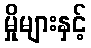
မှိုများနှင့်